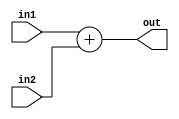
module PC_adder(input[31:0] in1, input[31:0] in2, output [31:0] out);
	wire cout;
	assign {cout,out} = in1 + in2;
endmodule